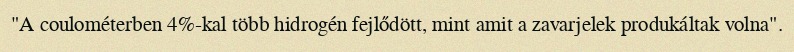
"A coulométerben 4%-kal több hidrogén fejlődött, mint amit a zavarjelek produkáltak volna".